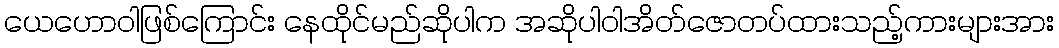
ယေဟောဝါဖြစ်ကြောင်း နေထိုင်မည်ဆိုပါက အဆိုပါဝါအိတ်ဇောတပ်ထားသည့်ကားများအား